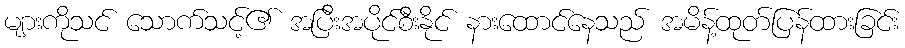
များကိုသင် သောက်သင့်၏ အပြီးအပိုင်စီးနိုင် နားထောင်နေသည် အမိန့်ထုတ်ပြန်ထားခြင်း